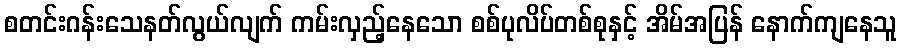
စတင်းဂန်းသေနတ်လွယ်လျက် ကမ်းလှည့်နေသော စစ်ပုလိပ်တစ်စုနှင့် အိမ်အပြန် နောက်ကျနေသူ